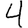
Digit: 4